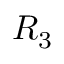
R _ { 3 }